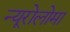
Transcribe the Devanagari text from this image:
न्यूरोलोमा